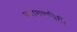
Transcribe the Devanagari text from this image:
परागणविधि